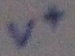
Text: V+